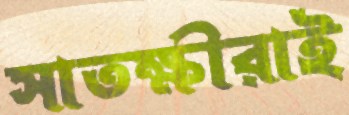
সাতক্ষীরাই